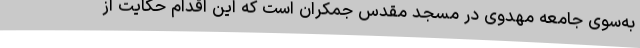
به‌سوی جامعه مهدوی در مسجد مقدس جمکران است که این اقدام حکایت از